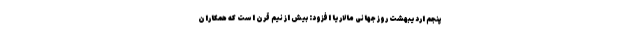
پنجم اردیبهشت روز جهانی مالاریا افزود: بیش از نیم قرن است که همکاران